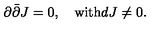
\partial \bar { \partial } J = 0 , \quad \mathrm { w i t h } d J \neq 0 .